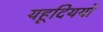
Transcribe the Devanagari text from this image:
यहूदिययों